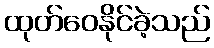
ထုတ်ဝေနိုင်ခဲ့သည်